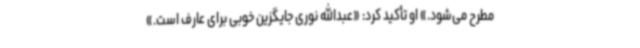
مطرح می‌شود.» او تأکید کرد: «عبدالله نوری جایگزین خوبی برای عارف است.»